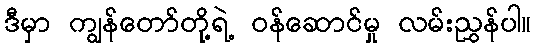
ဒီမှာ ကျွန်တော်တို့ရဲ့ ဝန်ဆောင်မှု လမ်းညွှန်ပါ။